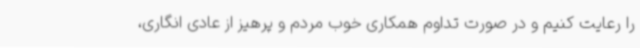
را رعایت کنیم و در صورت تداوم همکاری خوب مردم و پرهیز از عادی انگاری،